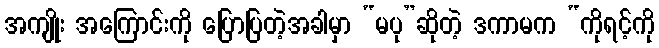
အကျိုး အကြောင်းကို ပြောပြတဲ့အခါမှာ “မပု”ဆိုတဲ့ ဒကာမက “ကိုရင့်ကို